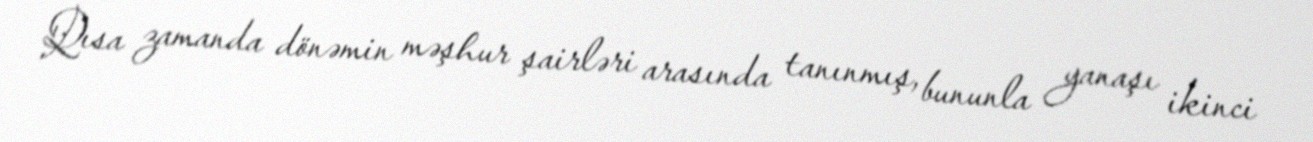
Qısa zamanda dönəmin məşhur şairləri arasında tanınmış, bununla yanaşı ikinci